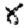
Digit: 8